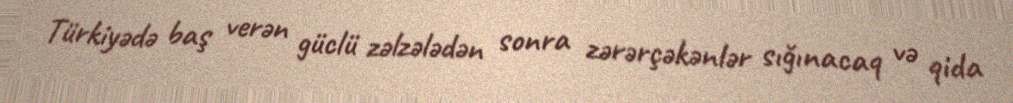
Türkiyədə baş verən güclü zəlzələdən sonra zərərçəkənlər sığınacaq və qida